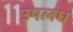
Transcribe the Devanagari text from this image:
उपलध